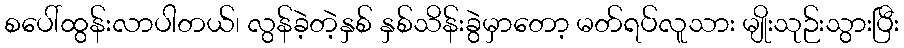
စပေါ်ထွန်းလာပါတယ်၊ လွန်ခဲ့တဲ့နှစ် နှစ်သိန်းခွဲမှာတော့ မတ်ရပ်လူသား မျိုးသုဉ်းသွားပြီး